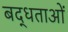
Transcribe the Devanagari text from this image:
बद्धताओं